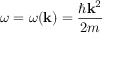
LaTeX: \omega = \omega ( \mathbf { k } ) = { \frac { \hbar \mathbf { k } ^ { 2 } } { 2 m } }